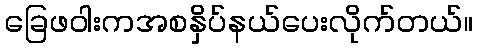
ခြေဖဝါးကအစနှိပ်နယ်ပေးလိုက်တယ်။